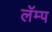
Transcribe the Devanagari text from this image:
लॅम्प